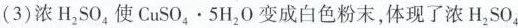
(3)浓H_{2}SO_{4}使$$C u S O _ { 4 } \cdot 5 H _ { 2 } O$$变成白色粉末，体现了浓H_{2}SO_{4}